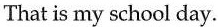
That is my school day.